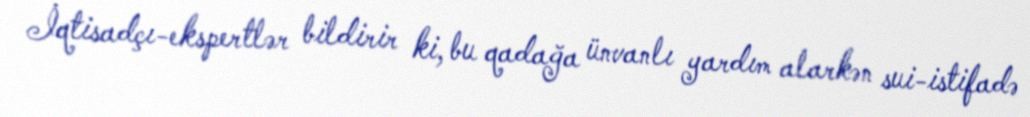
İqtisadçı-ekspertlər bildirir ki, bu qadağa ünvanlı yardım alarkən sui-istifadə